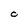
Character: O